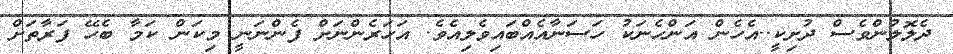
ދެލޮލުންވެސް ދުށިކީ..އެހެން އަންހެނަކު ހަސަނާއެއްބައިވެލިއެވެ. އަހަރެންނަށް ފެންނަނީ މިކަން ކަމާ ބެހޭ ފަރާތަށް